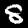
Digit: 8